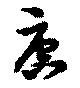
唐